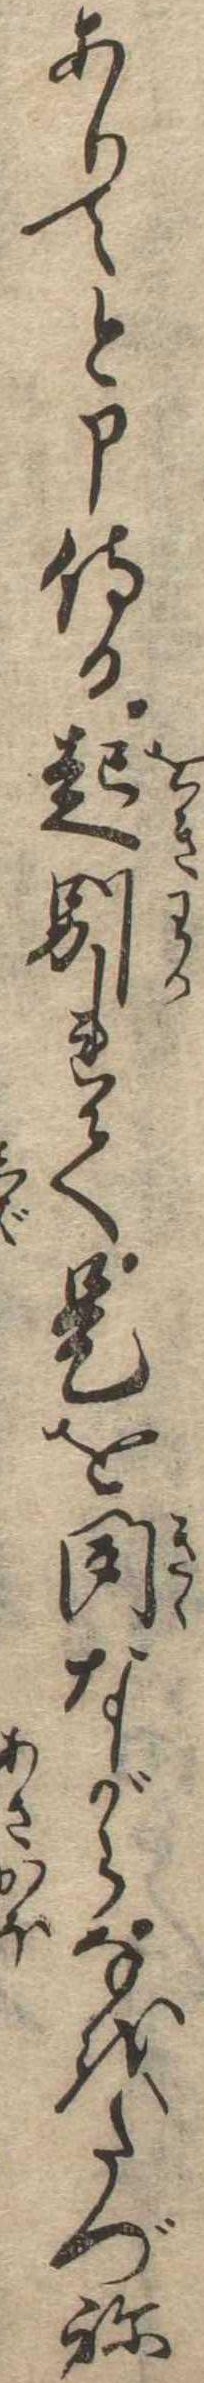
ありてと申侍る起別れて是を聞ながらなをたづね